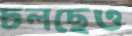
চলছেও